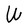
Character: W